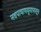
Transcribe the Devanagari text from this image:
नवपाषाणयुगापासून